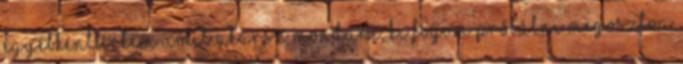
egyébként értem amit akarsz mondani, ki fogom próbálni megosztva